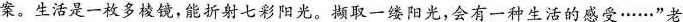
案。生活是一枚多棱镜，能折射七彩阳光。撷取一缕阳光，会有一种生活的感受……”老